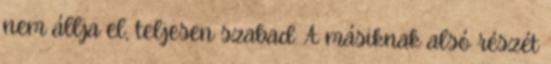
nem állja el, teljesen szabad. A másiknak alsó részét